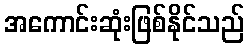
အကောင်းဆုံးဖြစ်နိုင်သည်